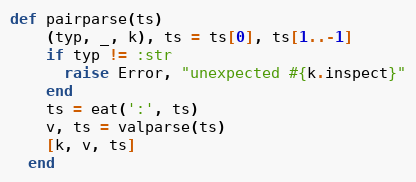
Language: Ruby
def pairparse(ts)
    (typ, _, k), ts = ts[0], ts[1..-1]
    if typ != :str
      raise Error, "unexpected #{k.inspect}"
    end
    ts = eat(':', ts)
    v, ts = valparse(ts)
    [k, v, ts]
  end